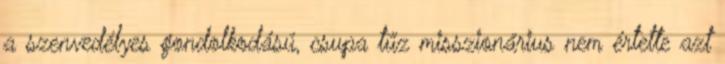
a szenvedélyes gondolkodású, csupa tűz misszionárius nem értette azt